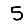
Digit: 5